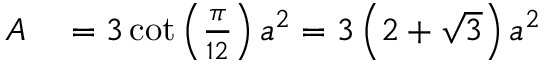
\begin{array} { r l } { A } & { { } = 3 \cot \left( { \frac { \pi } { 1 2 } } \right) a ^ { 2 } = 3 \left( 2 + { \sqrt { 3 } } \right) a ^ { 2 } } \end{array}